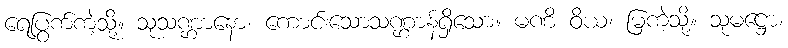
ရေပြွက်ကဲ့သို့။ သုသဏ္ဌာနော၊ ကောင်းသောသဏ္ဌာန်ရှိသော။ မဏိ ဝိယ၊ မြကဲ့သို့။ သုမဋ္ဌော၊